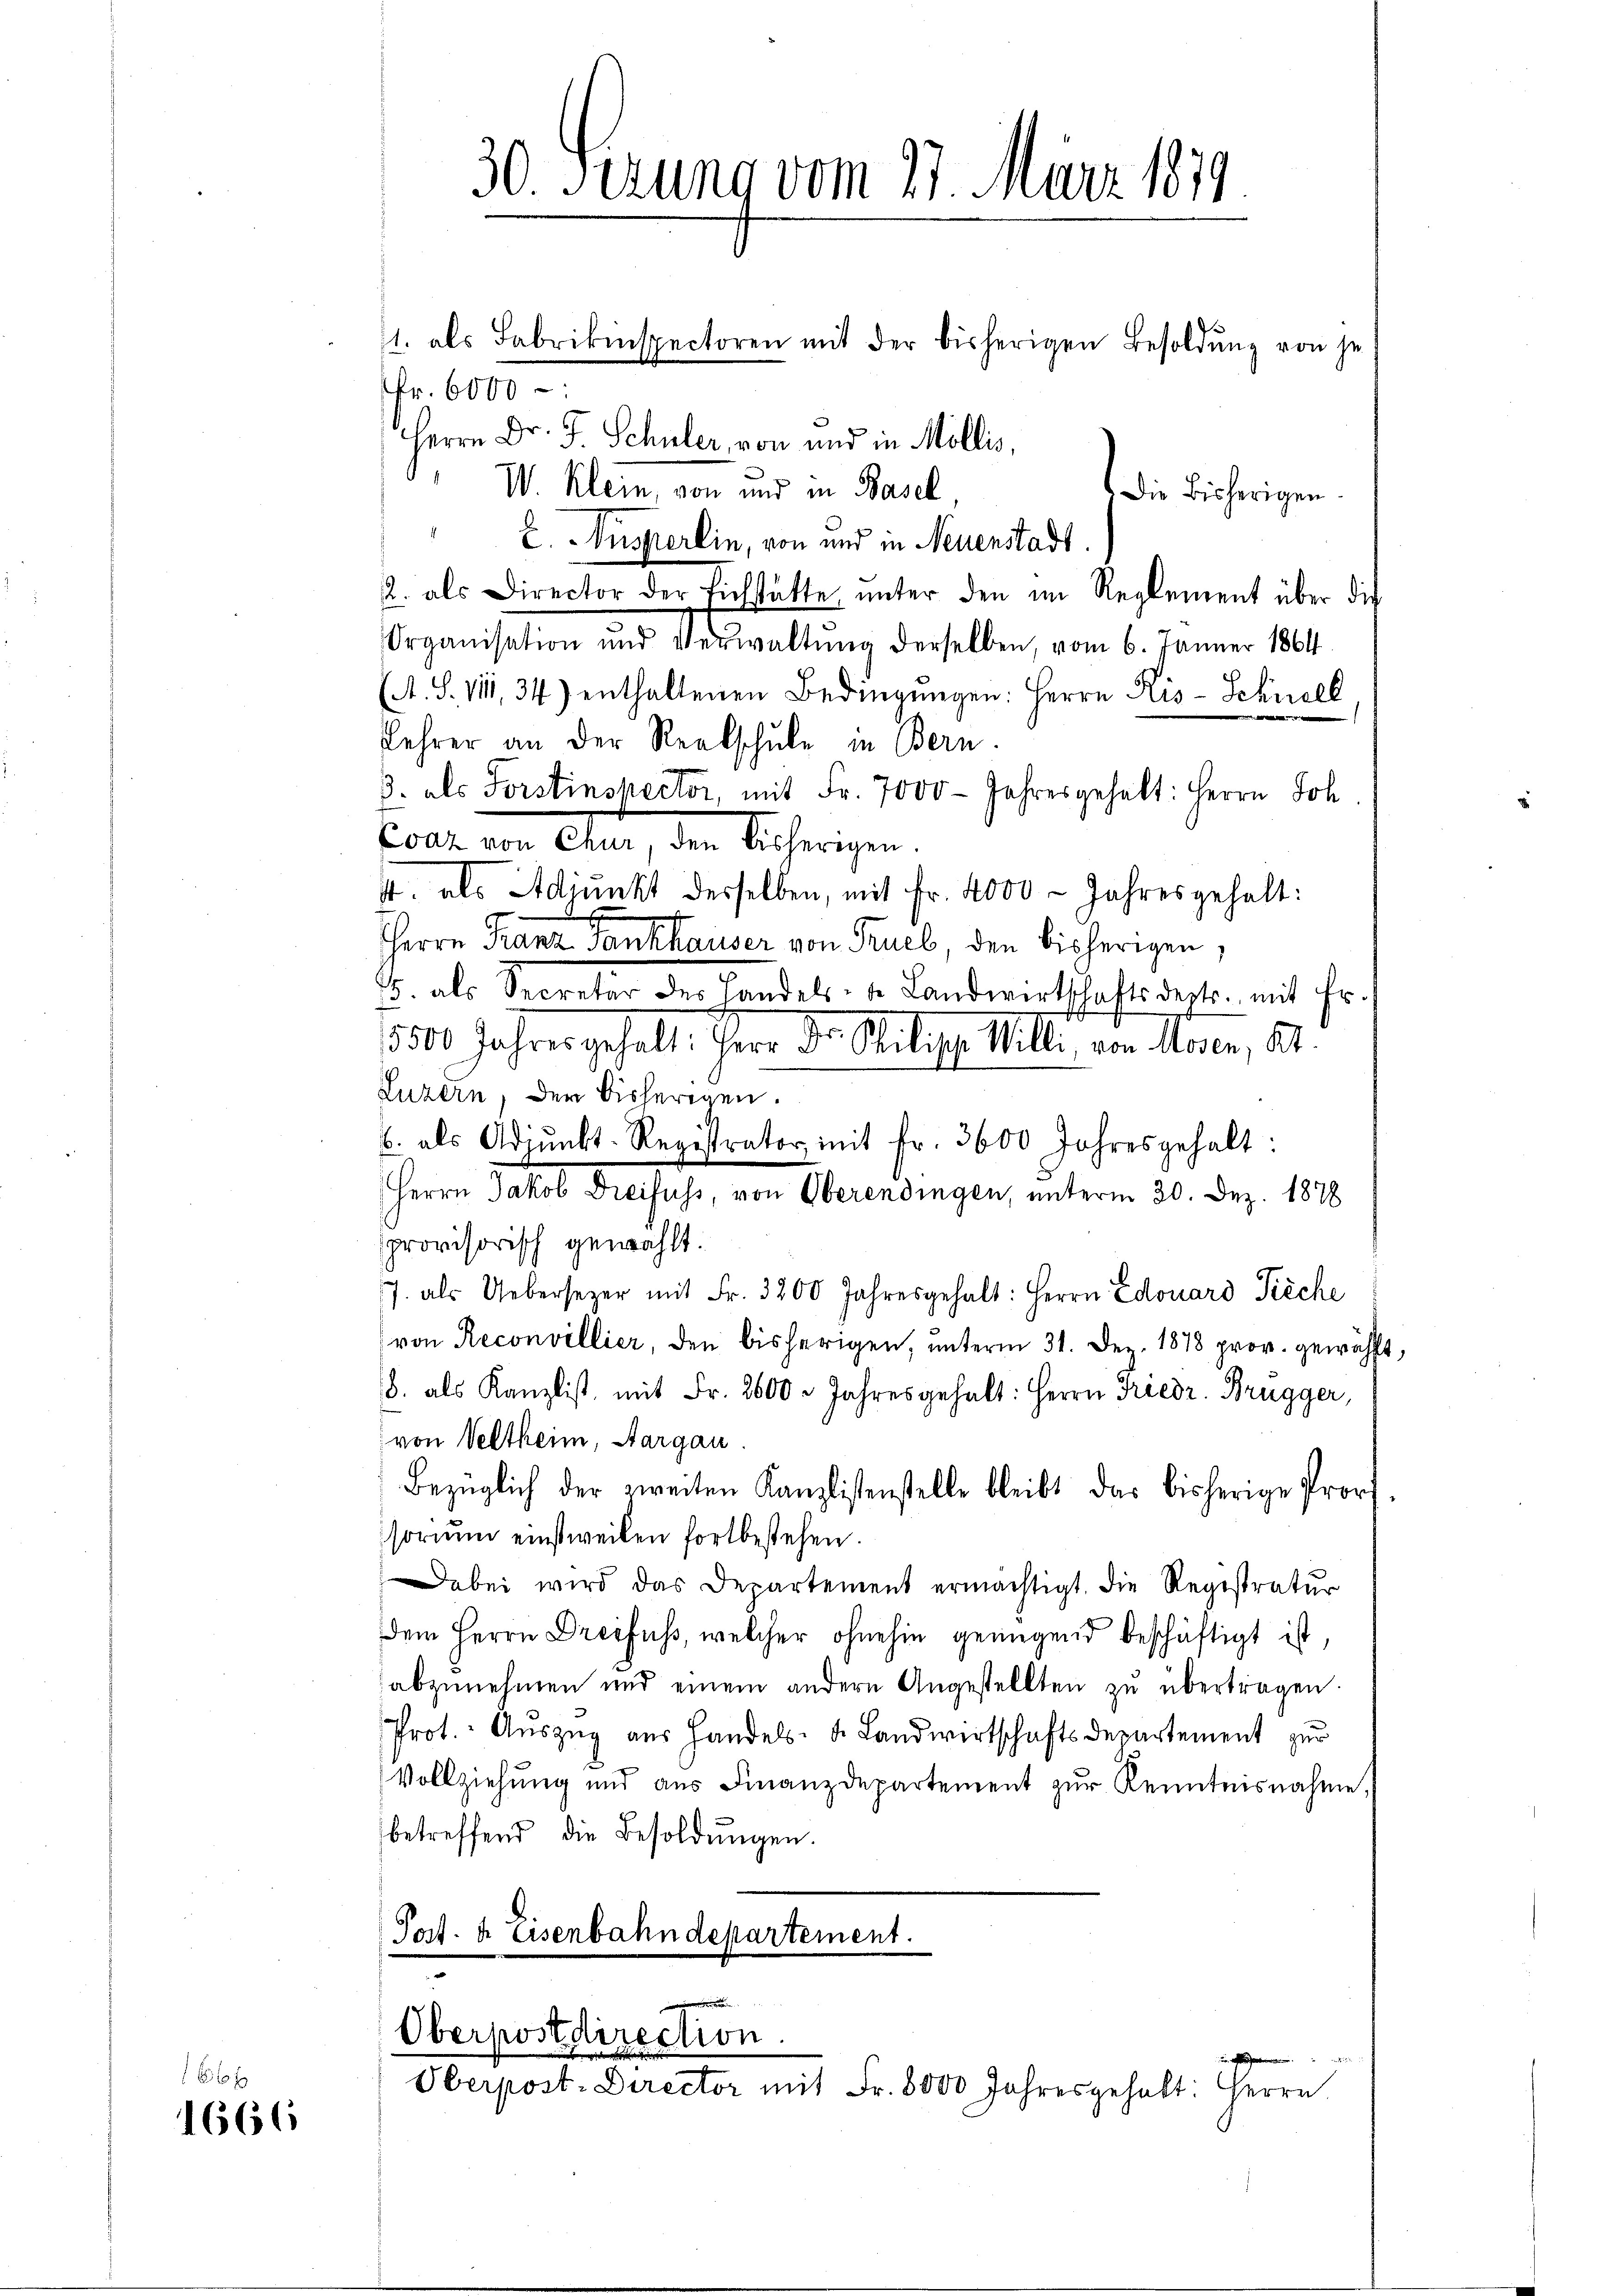
61 x

1666

30. Ferung vom 27. März 1879

Fr. 6000 -
Herrn Dr. J. Schuler, von und in Mollis,
IV. Klein, von und in Basel
Die Bisherigen.
.
E. Ausperlin, von und in Neuenstadt
2. als Director der Eichstätte ŭnter den im Reglement über die
Organisation und Verwaltung derselben, vom 6. Jänner 1864
(A. S. VIII 34) enthaltenen Bedingungen: Herrn Kis-Schnell
e
e
Lehrer an der Realschule in Bern.
ß. als Forstinspector, mit Fr. 7000 - Jahresgehalt: Herrn Joh.
Cout. von eher, den Sicherigen,
4. als Adjunkt desselben, mit Fr. 4000 Jahresgehalt:
Herrn Franz Fankhauser von Rueb, den bisherigen,
5. als Secretär der Handels- u. Landwirtschaftsdestr. mit Fr.
3300 Jahres gehalt. Herr Dr. Milische Willi, von Moser, St.
Luzern, der bisherigen.
b. als Adjunkt-Registrator mit Fr. 3600 Jahresgehalt:
Herrn Jakob Dreifuss, von Oberendingen, unterm 30. Dez. 1878
provisorisch gewählt.
7. als Uebersezer mit Fr. 3200 Jahresgehalt: Herrn Edouard Pieche
von Reconvillier, den bisherigen, unterm 31. Dez. 1878 prov. gewählt,
8. als Kanzlist, mit Fr. 2600 - Jahres gehalt: Herrn Friedr. Brugger,
von Veltheim, Aargau.
Bezüglich der zweiten Kanzlistenstelle bleibt das bisherige Prof.
sorium einstweilen fortbestehen.
Dabei wird das Departement ermächtigt. Die Registratur
dem Herrn Dreifuss, welcher ohnehin genügend beschäftigt ist,
abzŭnehmen und einem andern Angestellten zŭ übertragen.
Prot. Auszug aus Handels- u. Landwirtschaftsdepartement zur
Vollziehung und aus Finanzdepartement zŭr Kenntnisnahme,
betreffend die Besoldŭngen.
Port. 4 Eisenbahndepartement.
e
Oberpostdirection.

Oberpost. Director mit Fr. 8000 Jahresgehalt: Herrn

1. als Fabrikinspectoren mit der bisherigen Besoldung von je